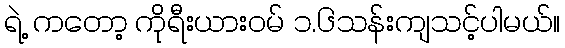
ရဲ့ ကတော့ ကိုရီးယားဝမ် ၁.၆သန်းကျသင့်ပါမယ်။